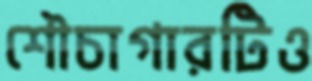
শৌচাগারটিও